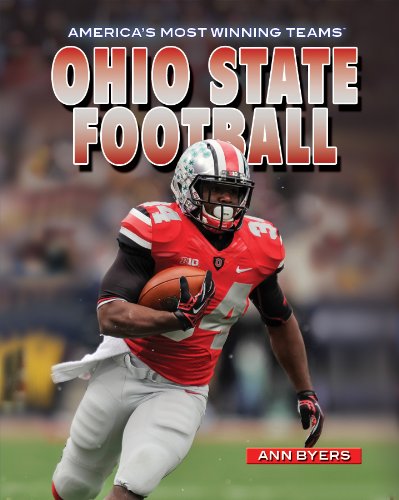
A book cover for Ohio State Football (America's Most Winning Teams); Ann Byers; Teen & Young Adult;